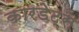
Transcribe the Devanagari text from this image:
कारडेट्स